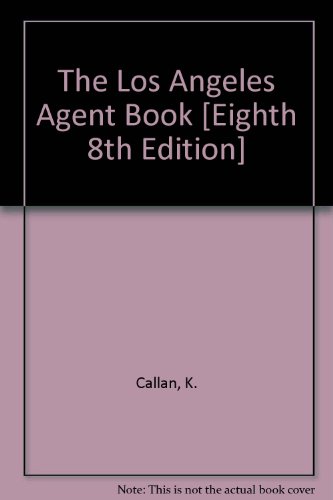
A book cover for The Los Angeles Agent Book [Eighth 8th Edition]; K. Callan; Law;